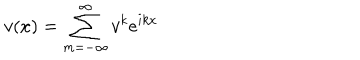
v ( x ) = \sum _ { m = - \infty } ^ { \infty } v ^ { k } e ^ { i k x }